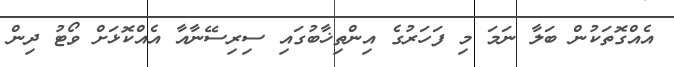
އެއްގޮތަކުން ބަލާ ނަމަ މި ފަހަރުގެ އިންތިޚާބުގައި ސިރިސޭނާއާ އެއްކޮޅަށް ވޯޓު ދިން